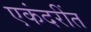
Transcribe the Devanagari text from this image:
एकंदरींत